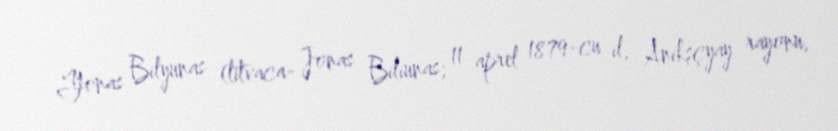
Yonas Bilyunas (litvaca- Jonas Biliūnas; 11 aprel 1879-cu il, Anikşçyay rayonu,